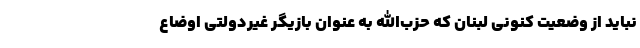
نباید از وضعیت کنونی لبنان که حزب‌الله به عنوان بازیگر غیردولتی اوضاع